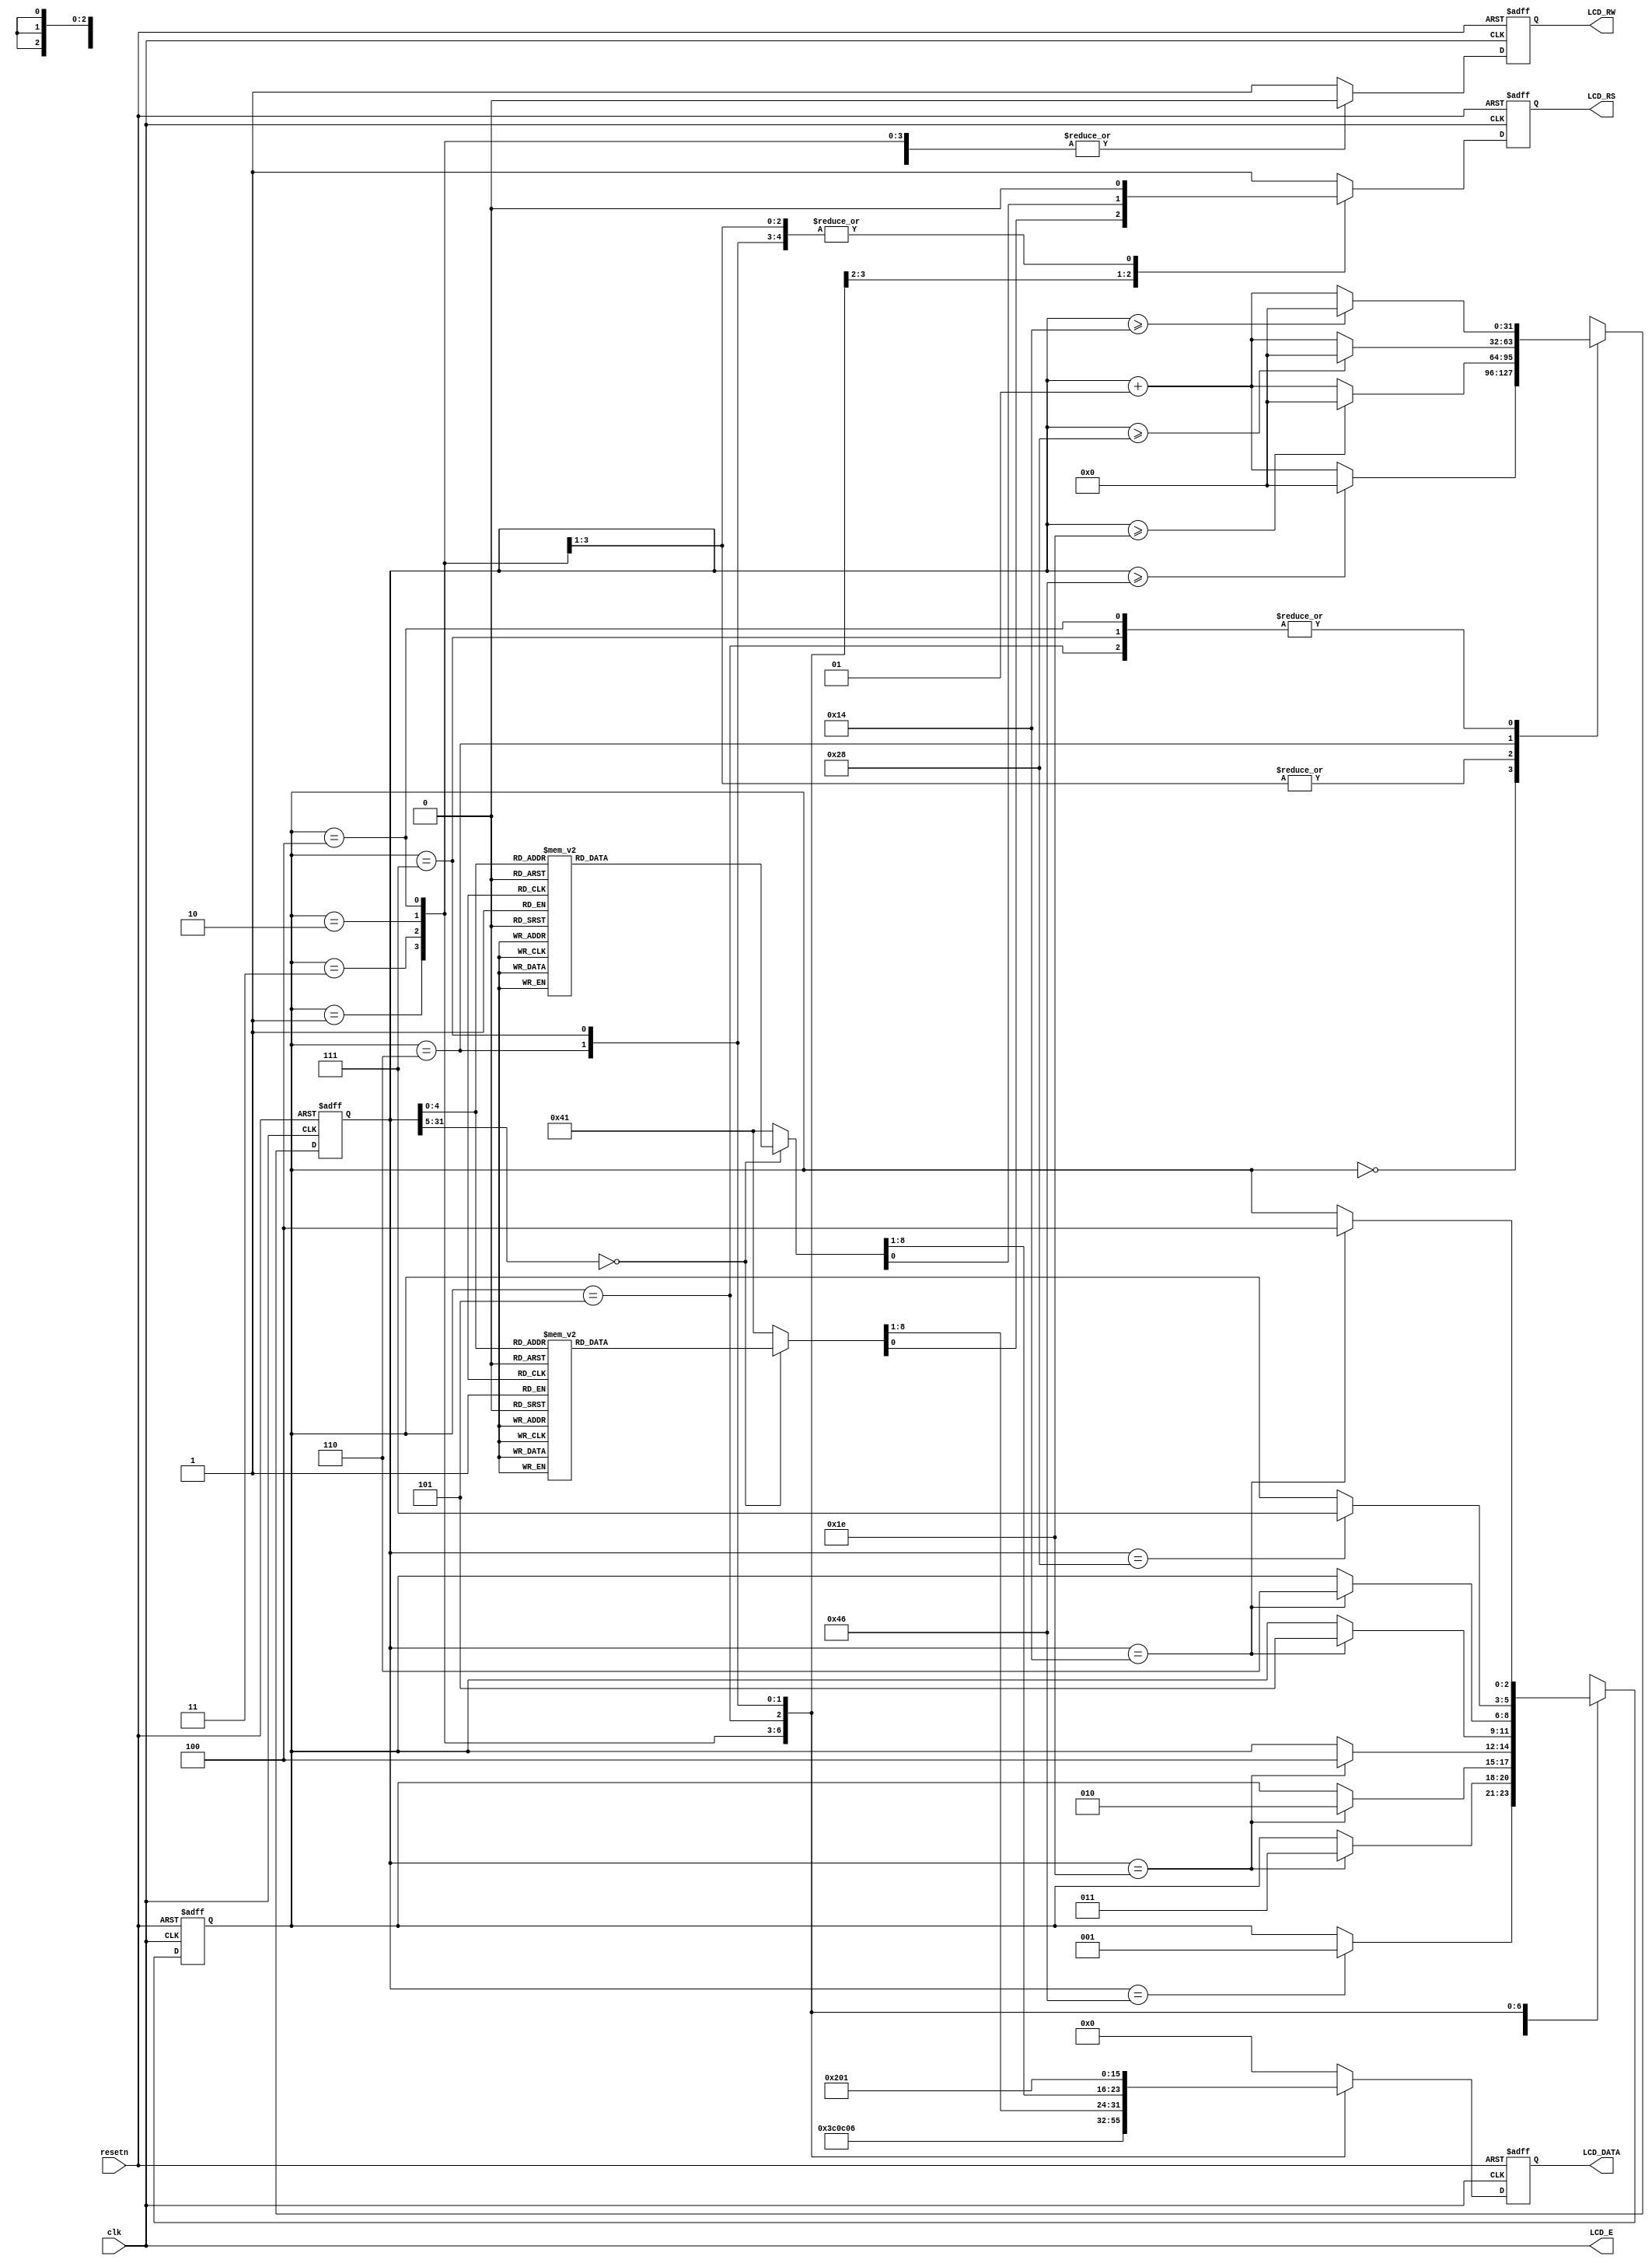
module textlcd0(resetn,clk,LCD_E,LCD_RS,LCD_RW,LCD_DATA);

input resetn,clk;
output LCD_E,LCD_RS,LCD_RW;
output [7:0]LCD_DATA;

wire LCD_E;
reg LCD_RS,LCD_RW;
reg [7:0] LCD_DATA;
reg [2:0] state;

parameter   delay          =3'b000, 
            function_set   =3'b001,
            entry_mode     =3'b010,
            disp_onoff     =3'b011,
            line1          =3'b100,  
            line2          =3'b101,
            delay_t        =3'b110,
            clear_disp     =3'b111;

integer CNT;

always @(posedge resetn or posedge clk)
begin
   if(resetn) state = delay;
   else begin   
      case(state)
         delay:            if(CNT==70)    state = function_set;
         function_set:     if(CNT==30)    state = disp_onoff;
         disp_onoff:       if(CNT==30)    state = entry_mode;
         entry_mode:       if(CNT==30)    state = line1;
         line1:            if(CNT==20)    state = line2;
         line2:            if(CNT==20)    state = delay_t;
         delay_t:          if(CNT==40)   state = clear_disp;
         clear_disp:       if(CNT==20)   state = line1;
         default:                         state = delay;
      endcase
   end
end


always @(posedge resetn or posedge clk)
begin
   if(resetn) CNT=0;
   else
      begin   
         case(state)
            delay:          if(CNT>=70)CNT=0;
                           else CNT=CNT+1;
            function_set:    if(CNT>=30)CNT=0;
                           else CNT=CNT+1;
            disp_onoff:      if(CNT>=30)CNT=0;
                           else CNT=CNT+1;
            entry_mode:      if(CNT>=30)CNT=0;
                           else CNT=CNT+1;
            line1:         if(CNT>=20)CNT=0;
                           else CNT=CNT+1;
            line2:         if(CNT>=20)CNT=0;
                           else CNT=CNT+1;
            delay_t:         if(CNT>=40)CNT=0;
                           else CNT=CNT+1;
            clear_disp:    if(CNT>=20)CNT=0;
                           else CNT=CNT+1;
            default:         CNT=0;
         endcase
      end
end




always @(posedge resetn or posedge clk)
begin
   if(resetn) begin
      LCD_RS=1'b1;
      LCD_RW=1'b1;
      LCD_DATA=8'b00000000;
   end
   else
      begin   
         case(state)
            function_set:    begin
                              LCD_RS=1'b0;
                              LCD_RW=1'b0;
                              LCD_DATA=8'b00111100;
                           end
            disp_onoff:      begin
                              LCD_RS=1'b0;
                              LCD_RW=1'b0;
                              LCD_DATA=8'b00001100;
                           end
            entry_mode:      begin
                              LCD_RS=1'b0;
                              LCD_RW=1'b0;
                              LCD_DATA=8'b00000110;
                           end
            line1:         begin
                              LCD_RW=1'b0;
                              case(CNT)
                                 0:begin
                                    LCD_RS=1'b0;LCD_DATA=8'b10000000;//address
                                 end
                                 1:begin
                                    LCD_RS=1'b1;LCD_DATA=8'b01001001;//address
                                    //I
                                 end
                                 2:begin
                                    LCD_RS=1'b1;LCD_DATA=8'b01001110;//address
                                    //N
                                 end
                                 3:begin
                                    LCD_RS=1'b1;LCD_DATA=8'b01010011;//address
                                    //S
                                 end
                                 4:begin
                                    LCD_RS=1'b1;LCD_DATA=8'b01000101;//address
                                    //E
                                 end
                                 5:begin
                                    LCD_RS=1'b1;LCD_DATA=8'b01010010;//address
                                    //R
                                 end
                                 6:begin
                                    LCD_RS=1'b1;LCD_DATA=8'b01010100;//address
                                    //T
                                 end
                                 7:begin
                                    LCD_RS=1'b1;LCD_DATA=8'b00100000;//address
                                    //
                                 end
                                 8:begin
                                    LCD_RS=1'b1; LCD_DATA=8'b01000011;
                                    //C
                                 end
                                 9:begin
                                    LCD_RS=1'b1; LCD_DATA=8'b01001111;
                                    //O
                                 end
                                 10:begin
                                    LCD_RS=1'b1;LCD_DATA=8'b01001001;
                                    //I
                                 end
                                 11:begin
                                    LCD_RS=1'b1;LCD_DATA=8'b01001110;
                                    //N
                                 end
                                 12:begin
                                    LCD_RS=1'b1;LCD_DATA=8'b00100000;
                                    //
                                 end
                                 13:begin
                                    LCD_RS=1'b1;LCD_DATA=8'b00100000;
                                    //
                                 end
                                 14:begin
                                    LCD_RS=1'b1;LCD_DATA=8'b00100000;
                                    //
                                 end
                                 15:begin
                                    LCD_RS=1'b1;LCD_DATA=8'b00100000;
                                    //
                                 end
                                 16:begin
                                    LCD_RS=1'b1;LCD_DATA=8'b00100000;
                                    //
                                 end
                                 default:begin
                                    LCD_RS=1'b1;LCD_DATA=8'b00100000;//
                                 end
                              endcase
                           end
            line2:         begin
                              LCD_RW=1'b0;
                              case(CNT)
                                 0:begin
                                    LCD_RS=1'b0;LCD_DATA=8'b11000000;//address
                                 end
                                 1:begin
                                    LCD_RS=1'b1;LCD_DATA=8'b00100000;//address
                                    //
                                 end
                                 2:begin
                                    LCD_RS=1'b1;LCD_DATA=8'b00100000;//address
                                    //
                                 end
                                 3:begin
                                    LCD_RS=1'b1;LCD_DATA=8'b00100000;//address
                                    //
                                 end
                                 4:begin
                                    LCD_RS=1'b1;LCD_DATA=8'b00100000;//address
                                    //
                                 end
                                 5:begin
                                    LCD_RS=1'b1;LCD_DATA=8'b00100000;//address
                                    //
                                 end
                                 6:begin
                                    LCD_RS=1'b1;LCD_DATA=8'b00100000;//address
                                    //
                                 end
                                 7:begin
                                    LCD_RS=1'b1;LCD_DATA=8'b00100000;//address
                                    //
                                 end
                                 8:begin
                                    LCD_RS=1'b1;LCD_DATA=8'b00100000;//address
                                    //
                                 end
                                 9:begin
                                    LCD_RS=1'b1;LCD_DATA=8'b00100000;//address
                                    //
                                 end
                                 10:begin
                                    LCD_RS=1'b1;LCD_DATA=8'b00100000;//address
                                    //
                                 end
                                 11:begin
                                    LCD_RS=1'b1;LCD_DATA=8'b00100000;
                                    //
                                 end
                                 12:begin
                                    LCD_RS=1'b1;LCD_DATA=8'b00100000;
                                    //
                                 end
                                 13:begin
                                    LCD_RS=1'b1;LCD_DATA=8'b00100000;
                                    // 
                                 end
                                 14:begin
                                    LCD_RS=1'b1;LCD_DATA=8'b00100000;
                                    // 
                                 end
                                 15:begin
                                    LCD_RS=1'b1;LCD_DATA=8'b00100000;
                                    // 
                                 end
                                 16:begin
                                    LCD_RS=1'b1;LCD_DATA=8'b00100000;
                                    // 
                                 end
                                 default:begin
                                    LCD_RS=1'b1;LCD_DATA=8'b00100000;//
                                 end
                              endcase
                           end
            delay_t:         begin
                              LCD_RS=1'b0;
                              LCD_RW=1'b0;
                              LCD_DATA=8'b00000010;
                           end
            clear_disp:    begin
                              LCD_RS=1'b0;
                              LCD_RW=1'b0;
                              LCD_DATA=8'b00000001;
                           end
            default:         begin
                              LCD_RS=1'b1;
                              LCD_RW=1'b1;
                              LCD_DATA=8'b00000000;
                           end
         endcase
      end
end

assign LCD_E=clk;

endmodule